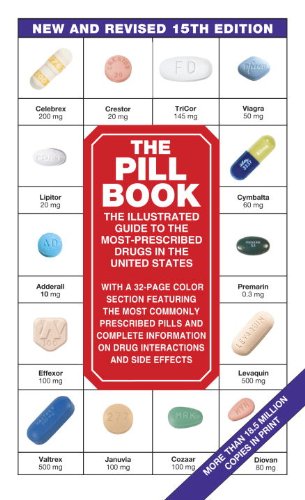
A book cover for The Pill Book (15th Edition): New and Revised 15th Edition (Pill Book (Mass Market)); Harold M. Silverman; Health, Fitness & Dieting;